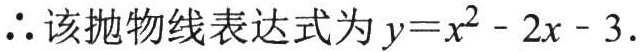
$\therefore$该抛物线表达式为$y = x^{2}-2x - 3.$